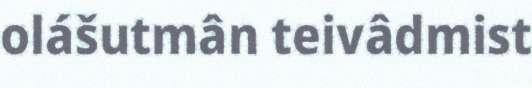
olášutmân teivâdmist